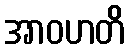
အာဝဟတိ